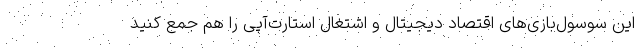
این سوسول‌بازی‌های اقتصاد دیجیتال و اشتغال استارت‌آپی را هم جمع کنید